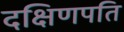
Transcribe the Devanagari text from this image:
दक्षिणपति